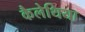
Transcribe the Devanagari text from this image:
कैलेथिया